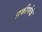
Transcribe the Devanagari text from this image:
प्रकीर्णकं